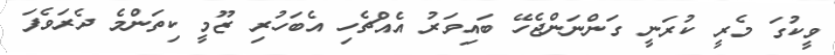
ވީކުގަ މެރީ ކުރަނީ ގަންނަންޖެހޭ ބައިވަރު އެއްޗެހި އެބަހުރި ޒޫމީ ކިތަންމެ ދެރަވެފަ